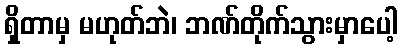
ရှိတာမှ မဟုတ်ဘဲ၊ ဘဏ်တိုက်သွားမှာပေါ့